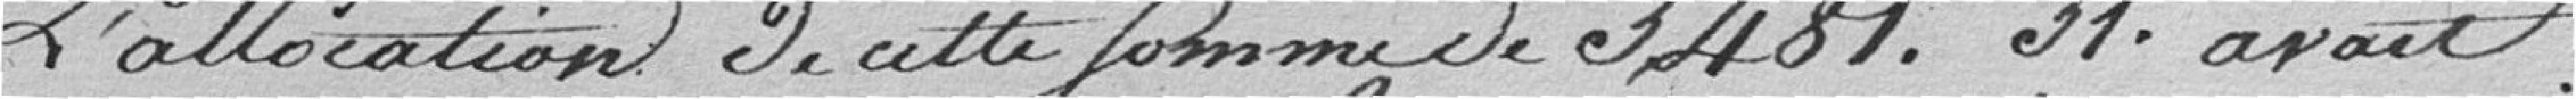
L'allocation de cette somme de 3481,311 avait